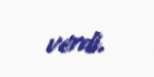
verdi.